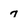
Character: 7